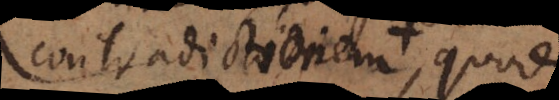
contradictionem quoniam